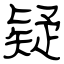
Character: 疑